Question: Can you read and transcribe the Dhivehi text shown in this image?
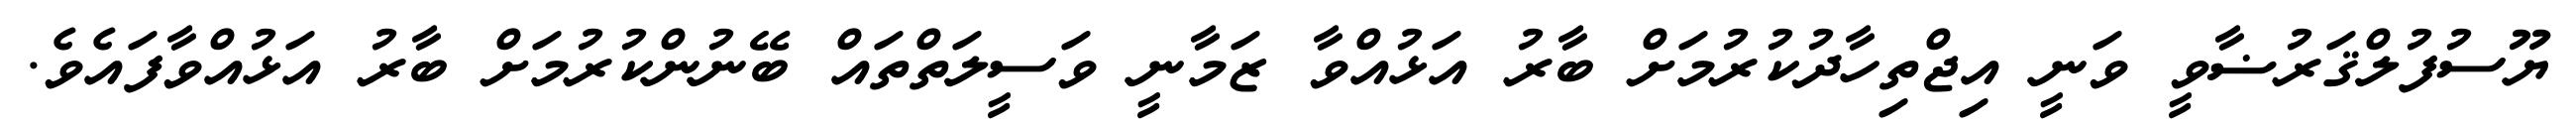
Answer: ޔޫސުފުލްޤަރުޟާވީ ވަނީ އިޖްތިހާދުކުރުމަށް ބާރު އަޅުއްވާ ޒަމާނީ ވަސީލަތްތައް ބޭނުންކުރުމަށް ބާރު އަޅުއްވާފައެވެ.